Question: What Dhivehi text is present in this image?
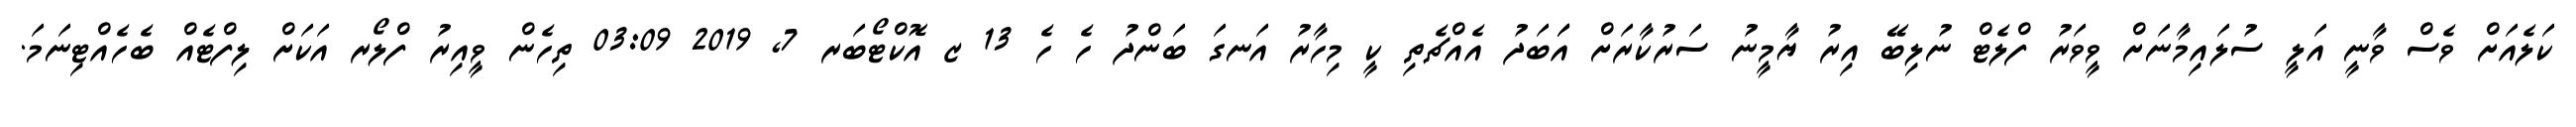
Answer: ކަލެއަށް ވެސް ވާނީ އަލީ ސުލައިމާނަށް ވީވަރު ފްލެޓް ނުލިބޭ އިރު ޔާމީނު ސަރުކާރަށް އަަބަދު އެއްޗެތި ކީ މިހާރު އަނގަ ބަންދު ހެ ހެ 13 ޒ އޮކްޓޯބަރ 7, 2019 03:09 ތިހެން ވީއިރު ފްލޯރ އަކަށް ލިފްޓެއް ބެހެއްޓިނަމަ.